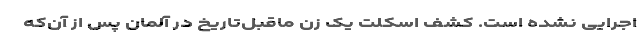
اجرایی نشده است. کشف اسکلت یک زن ماقبل‌تاریخ در آلمان پس از آن‌که